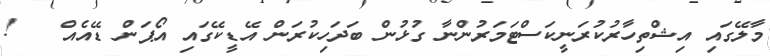
މާލޭގައި އިޝްތިހާރުކުރަނީކަސްޓަމަރުންނާ ގުޅުން ބަދަހިކުރަން އޭޑީކޭގައި އޯޕަން ޑޭއެއް   !